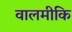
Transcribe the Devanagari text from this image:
वालमीकि